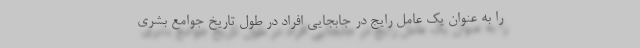
را به عنوان یک عامل رایج در جابجایی افراد در طول تاریخ جوامع بشری